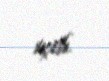
içib.